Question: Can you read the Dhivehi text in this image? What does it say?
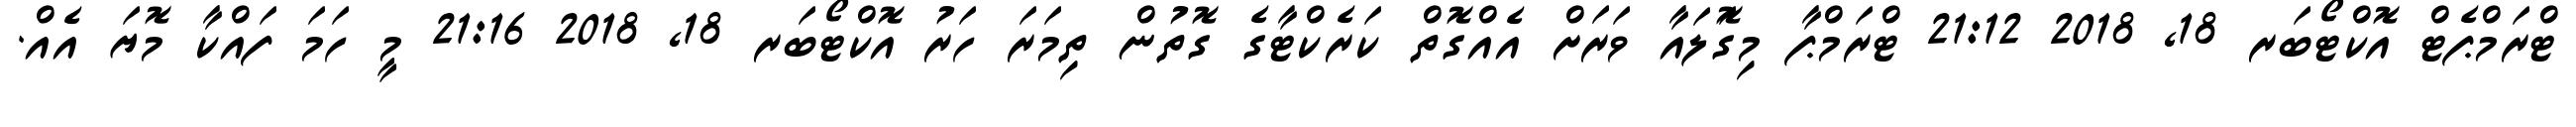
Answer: ޓްރަމްޕެޓް އޮކްޓޯބަރ 18, 2018 21:12 ޓްރަމްޕާ މިގޮަލައާ ވަރަށް އެއްގޮތް ކަރެކްޓާގެ ގޮތުން ތިމަރަ ހަރު އޮކްޓޯބަރ 18, 2018 21:16 މީ ހަމަ ފައްކާ މޮޔަ އެއް.